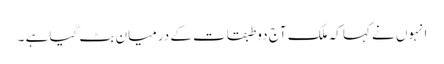
انہوں نے کہا کہ ملک آج دو طبقات کے درمیان بٹ گیا ہے ۔